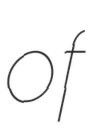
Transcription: of